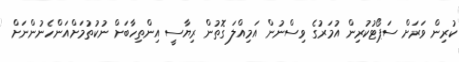
ކުރިން ވަރަށް ސަޕޯޓުކުރިން އުމަރުގެ ވިސްނުން އަމިއްލަ ގޮތުން ރިޔާސީ އިންތިހާބަށް ނުކުތުމަށްއަންހެނުންނަށް